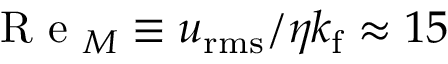
\mathrm { ~ R ~ e ~ } _ { M } \equiv u _ { \mathrm { r m s } } / \eta k _ { \mathrm { f } } \approx 1 5